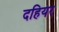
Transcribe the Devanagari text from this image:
दहियर